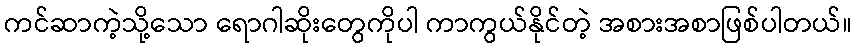
ကင်ဆာကဲ့သို့သော ရောဂါဆိုးတွေကိုပါ ကာကွယ်နိုင်တဲ့ အစားအစာဖြစ်ပါတယ်။